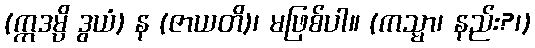
(ဣဒမ္ပိ ဒွယံ) န (ဇာယတိ)၊ မဖြစ်ပါ။ (ကသ္မာ၊ နည်း?၊)